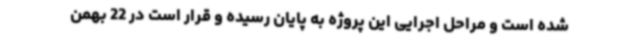
شده است و مراحل اجرایی این پروژه به پایان رسیده و قرار است در 22 بهمن